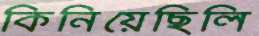
কিনিয়েছিলি